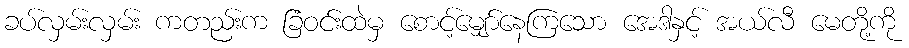
ခပ်လှမ်းလှမ်း ကတည်းက ခြံဝင်းထဲမှ စောင့်မျှော်နေကြသော အေဒါနှင့် အယ်လီ မေတို့ကို